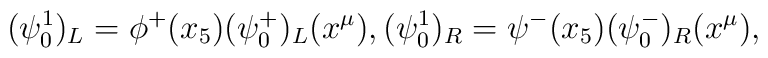
(\psi^1_0)_L=\phi^+(x_5) (\psi_0^+)_L(x^\mu), (\psi^1_0)_R=\psi^-(x_5) (\psi_0^-)_R(x^\mu),